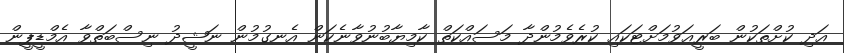
އަދި ކުށްތަކުން ބަރީޢަވުމަށްޓަކައި ކުރެވެމުންދާ މަަސައްކަތް ކާމިޔާބުނުވާނެކަން އެނގުމުން ނަޝީދު ނިސްބަތްވާ އެމްޑީޕީން